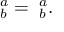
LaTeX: \mathbf { \omega } _ { b } ^ { a } = \mathbf { \alpha } _ { b } ^ { a } .